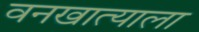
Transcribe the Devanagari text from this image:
वनखात्याला